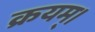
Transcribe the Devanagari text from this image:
क्रयम्।